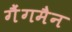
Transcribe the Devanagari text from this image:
गैंगमैन